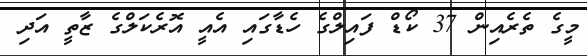
މީގެ ތެރެއިން 37 ކޯޑް ފައިލްގެ ހެޑާގައި އެއީ އޮރެކަލްގެ ޒާތީ އަދި